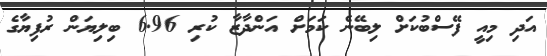
އަދި މިއީ ފޭސްބުކަށް ލިބޭނެ ކަމަށް އަންދާޒާ ކުރި 6.96 ބިލިޔަން ރުފިޔާގެ